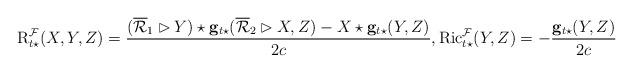
LaTeX: \begin{align*}\mathrm{R}^\mathcal{F}_{t\star}(X,Y,Z)=\frac{(\overline{\mathcal{R}}_1\rhd Y) \star\mathbf{g}_{t\star}(\overline{\mathcal{R}}_2\rhd X,Z)-X\star \mathbf{g}_{t\star}(Y,Z)}{2c},\mathrm{Ric}^\mathcal{F}_{t\star}(Y,Z)=-\frac {\mathbf{g}_{t\star}(Y,Z)}{2c} \end{align*}